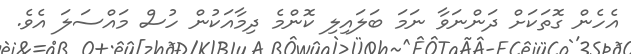
އެހެން ގޮތަކަށް ދަންނަވާ ނަމަ ބަލައިލި ކޮންމެ ދިމާއަކުން ހުސް މައްސަލަ އެވެ.